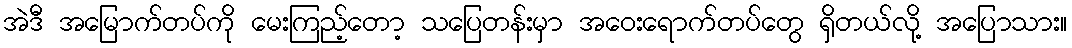
အဲဒီ အမြောက်တပ်ကို မေးကြည့်တော့ သပြေတန်းမှာ အဝေးရောက်တပ်တွေ ရှိတယ်လို့ အပြောသား။